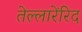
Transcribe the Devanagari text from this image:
तेल्लारेंरिद